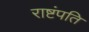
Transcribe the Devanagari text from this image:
राष्टंपति